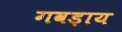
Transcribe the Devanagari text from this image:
गवड़ाय